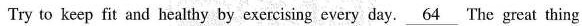
Try to keep fit and healthy by exercising every day. \underline{64} The great thing